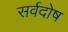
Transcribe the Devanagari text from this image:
सर्वदोष